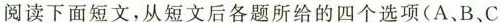
阅读下面短文，从短文后各题所给的的四个选项(A、B、C